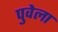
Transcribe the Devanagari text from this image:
पुवेला